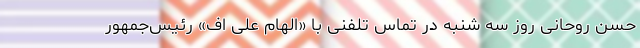
حسن روحانی روز سه شنبه در تماس تلفنی با «الهام علی اف» رئیس‌جمهور